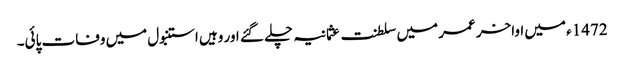
1472ء میں اواخر عمر میں سلطنت عثمانیہ چلے گئے اور وہیں استنبول میں وفات پائی۔